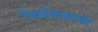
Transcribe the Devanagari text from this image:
विवेकशक्ती